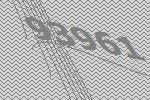
93961